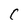
Character: C